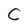
Character: C